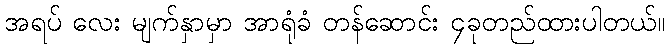
အရပ် လေး မျက်နှာမှာ အာရုံခံ တန်ဆောင်း ၄ခုတည်ထားပါတယ်။